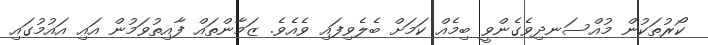
ކޯރުތަކުން މުއްސަނދިވެގެންވީ ބިމެއް ކަމަށް ބެލެވިފައި ވެއެވެ. ޒަމާންތައް ފާއިތުވަމުން އައި އައުމުގައި